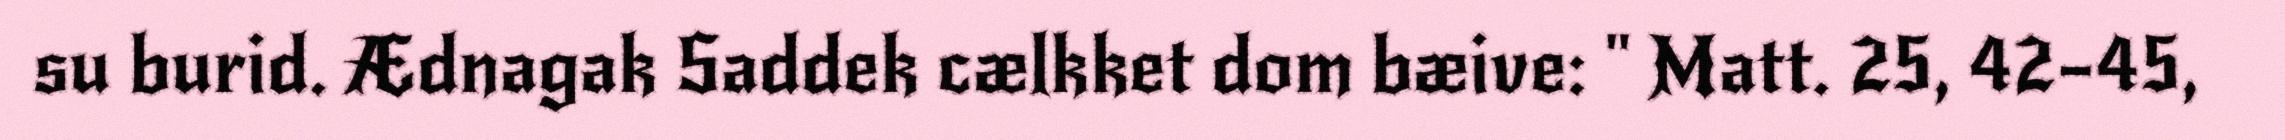
su burid. Ædnagak Saddek cælkket dom bæive: " Matt. 25, 42–45,